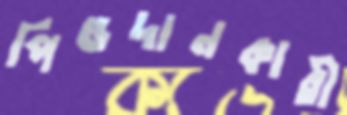
পিণ্ডদানকারী